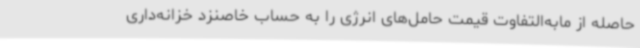
حاصله از مابه‌التفاوت قیمت حامل‌های انرژی را به حساب خاصنزد خزانه‌داری